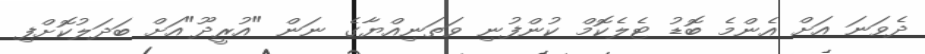
ދެވަނަ އަށް އެންމެ ބޮޑު ޓެލެކޮމް ކުންފުނި ވަތަނިއްޔާގެ ނަން "އުރީދޫ"އަށް ބަދަލުކޮށްފި